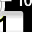
Digit: 1